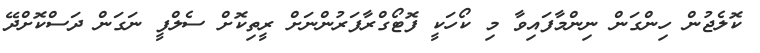
ކޮލެޖުން ހިންގަން ނިންމާފައިވާ މި ކޯހަކީ ފޮޓޯގްރާފަރުންނަށް ރީތިކޮށް ސެލްފީ ނަގަން ދަސްކޮށްދޭ